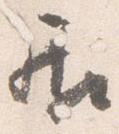
居